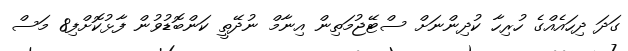
ގަދަ ދިހައެއްގެ ހުރިހާ ކުދިންނަށް ސްޓޭޖުމަތިން އިނާމް ނުދޭތީ ކަންބޮޑުވުން ފާޅުކޮށްފި8 މަސް